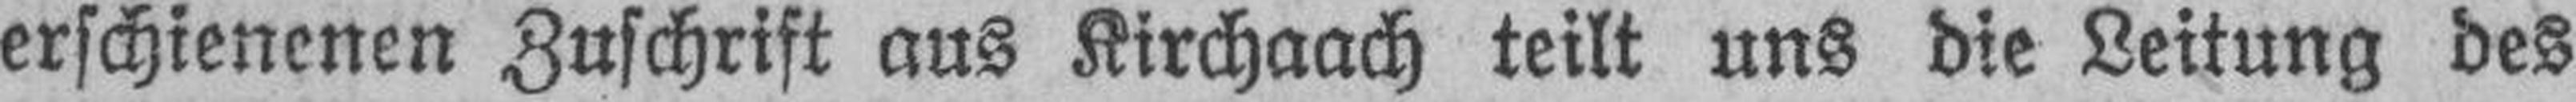
erschienenen Zuschrift aus Kirchaach teilt uns die Leitung des